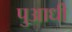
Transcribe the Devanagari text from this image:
पुआधी